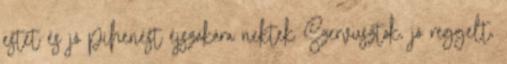
estét és jó pihenést éjszakára nektek Szervusztok, jó reggelt,